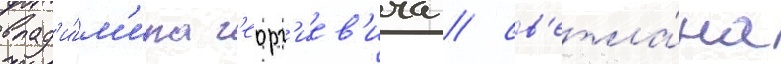
влад'и́м'ира г'еорг'иев'ича / св'етла́на